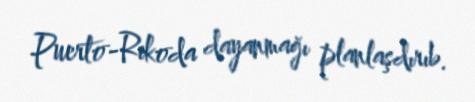
Puerto-Rikoda dayanmağı planlaşdırıb.